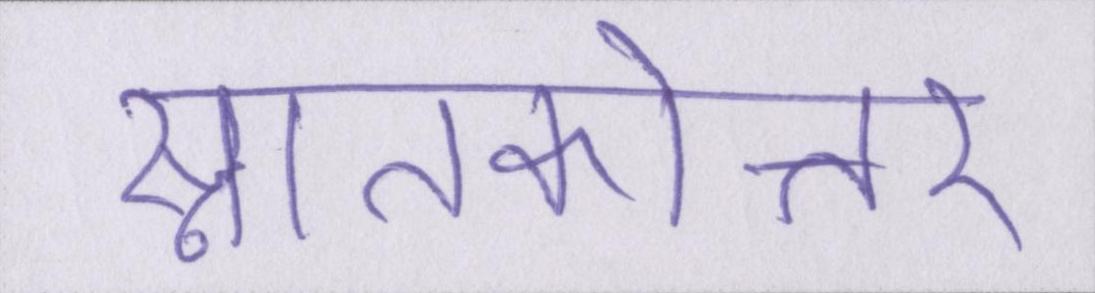
स्नातकोत्तर